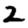
Digit: 2